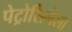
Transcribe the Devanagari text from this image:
पेट्रोसिनेला